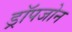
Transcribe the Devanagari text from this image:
ड्रॉपजोन